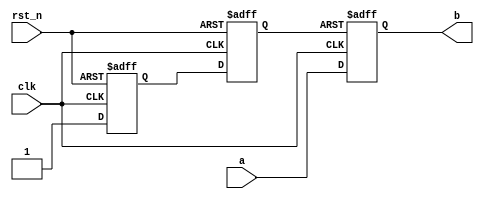
// by
module system_ctrl_2
//==================<>==================================================
(
//globel clock ----------------------------------
input  wire                 clk                 , //50Mhz
input  wire                 rst_n               , //
//user interface --------------------------------
input  wire                 a                   , //
output reg                  b                     //
);

//==========================================================================
//==    
//==========================================================================
reg        sys_rst_n_r;
reg        sys_rst_n;

always @(posedge clk or negedge rst_n) begin
    if(!rst_n) begin
        sys_rst_n_r <= 0;
        sys_rst_n   <= 0;
    end
    else begin
        sys_rst_n_r <= 1;
        sys_rst_n   <= sys_rst_n_r;
    end
end

always @(posedge clk or negedge sys_rst_n) begin
    if(!sys_rst_n)
        b <= 0;
    else
        b <= a;
end



endmodule